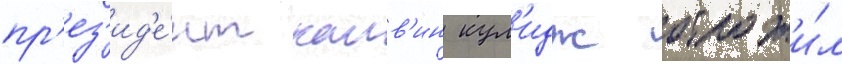
пр'ез'ид'е́нт калв'ин кул'идж отложи́л